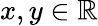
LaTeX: \textstyle x,y\in\mathbb{R}